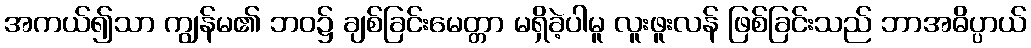
အကယ်၍သာ ကျွန်မ၏ ဘဝ၌ ချစ်ခြင်းမေတ္တာ မရှိခဲ့ပါမူ လူးဖူးလန် ဖြစ်ခြင်းသည် ဘာအဓိပ္ပာယ်